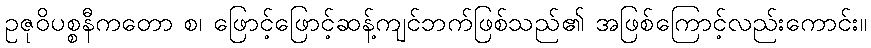
ဥဇုဝိပစ္စနီကတော စ၊ ဖြောင့်ဖြောင့်ဆန့်ကျင်ဘက်ဖြစ်သည်၏ အဖြစ်ကြောင့်လည်းကောင်း။